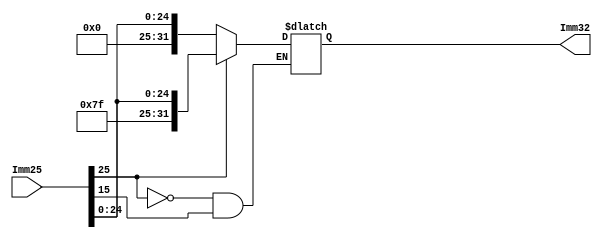
`timescale 1ns / 1ps
//////////////////////////////////////////////////////////////////////////////////
// Company: 
// Engineer: 
// 
// Design Name: 
// Module Name:    JumpAddress 
// Project Name: 
// Target Devices: 
// Tool versions: 
// Description: 
//
// Dependencies: 
//
// Revision: 
// Revision 0.01 - File Created
// Additional Comments: 
//
//////////////////////////////////////////////////////////////////////////////////
module JumpAddress(Imm25, Imm32);
	// Accepts a 26-bit input and outputs the sign-extended 32-bit number
	
	input			[25:0] Imm25;
	output reg	[31:0] Imm32;
	
	
	always @ (*) begin
		if (Imm25[25] == 1'b1)
			Imm32 <= {16'b111111, Imm25};
		else if (Imm25[15] == 1'b0)
			Imm32 <= {16'b000000, Imm25};
	end

endmodule